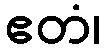
ဧတံ၊